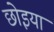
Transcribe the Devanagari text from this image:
छोइया